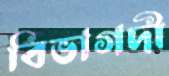
বিভাগদী